Lunatic asylums Burma 1907-21 - 1907-1921
Year: 1907
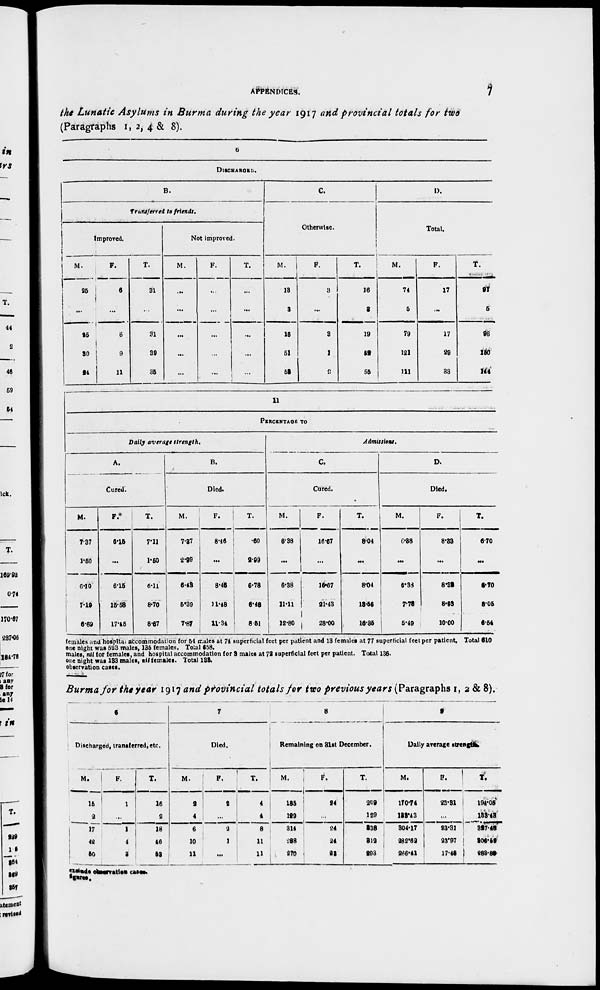
APPENDICES.
7
the Lunatic Asylums in Burma during the year 1917 and provincial totals for two
(Paragraphs 1, 2, 4 & 8).
6
DISCHARGED.
B.
Transferred to friends.
Improved.
M .
25
...
25
30
24
F.
6
...
6
9
11
T.
31
...
31
39
35
Not improved.
M.
...
...
...
...
...
F.
...
...
...
...
...
T.
...
...
...
...
...
C.
Otherwise.
M.
13
3
16
51
53
F.
3
...
3
1
2
T.
16
3
19
52
55
D.
Total.
M.
74
5
79
121
111
F.
17
...
17
29
33
T.
91
5
96
150
144
11
PERCENTAGE TO
Daily average strength.
A.
Cured.
M.
7.37
1.50
6.10
7.19
6.69
F.
6.15
...
6.15
15.58
17.45
T.
7.11
1.50
6.11
8.70
8.67
B.
Died.
M.
7.37
2.99
6.43
5.39
7.87
F.
8.46
...
8.46
11.48
11.34
T.
.60
2.99
6.78
6.48
8.51
Admissions.
C.
Cured.
M.
6.38
...
6.38
11.11
12.80
F.
16.67
...
16.67
21.43
28.00
T.
8.04
...
8.04
13.56
16.35
D.
Died.
M.
6.38
...
6.38
7.78
5.49
F.
8.33
...
8.32
8.93
10.00
T.
6.70
...
6.70
8.05
6.54
females and hospital accommodation for 54 males at 74 superficial feet per patient and 18 females at 77 superficial feet per patient. Total 610
one night was 523 males, 135 females. Total 658.
males, nil for females, and hospital accommodation for 3 males at 72 superficial feet per patient. Total 136.
one night was 133 males, all females. Total 133.
observation cases.
Burma for the year 1917 and provincial totals for two previous years (Paragraphs 1, 2 & 8).
6
Discharged, transferred,etc.
M.
15
2
17
42
50
F.
1
...
1
4
3
T.
16
2
18
46
53
7
Died.
M.
2
4
6
10
11
F.
2
...
2
1
...
T.
4
4
8
11
11
8
Remaining on 31st December.
M.
185
129
314
288
270
F.
24
...
24
24
23
T.
209
129
338
312
293
9
Daily average strength.
M.
170.74
133.43
304.17
282.62
266.41
F.
23.31
...
23.31
23.97
17.48
T.
194.05
133.43
327.48
306.52
283.89
exclude observation cases.
figures.